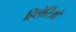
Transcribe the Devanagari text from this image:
हिलेरिओ